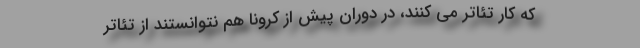
که کار تئاتر می کنند، در دوران پیش از کرونا هم نتوانستند از تئاتر